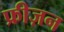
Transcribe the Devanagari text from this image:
फ्रीज़न